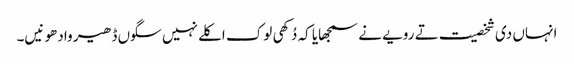
انہاں دی شخصیت تے رویے نے سمجھایا کہ دُکھی لوک اکلے نہیں سگوں ڈھیر وادھو نیں۔